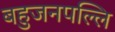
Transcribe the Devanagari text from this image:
बहुजनपल्लि